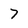
Character: 7